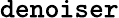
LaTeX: {\tt denoiser}